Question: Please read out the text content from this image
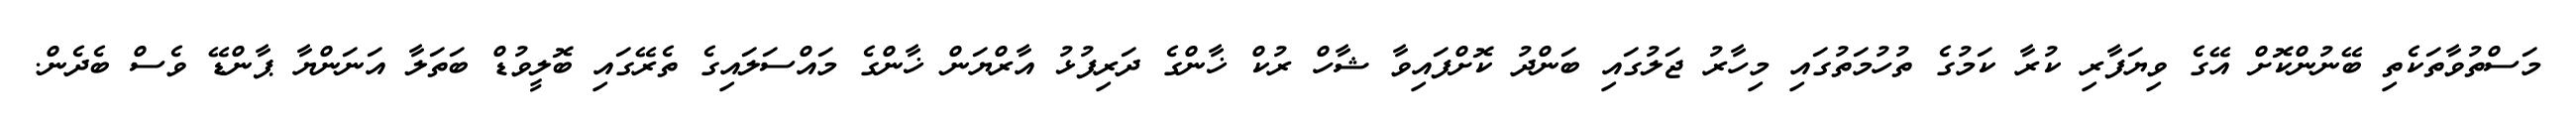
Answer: މަސްތުވާތަކެތި ބޭނުންކޮށް އޭގެ ވިޔަފާރި ކުރާ ކަމުގެ ތުހުމަތުގައި މިހާރު ޖަލުގައި ބަންދު ކޮށްފައިވާ ޝާހް ރުކް ޚާންގެ ދަރިފުޅު އާރްޔަން ޚާންގެ މައްސަލައިގެ ތެރޭގައި ބޮލީވުޑް ބަތަލާ އަނަންޔާ ޕާންޑޭ ވެސް ބެދެން.